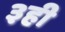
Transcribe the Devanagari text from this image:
३ही